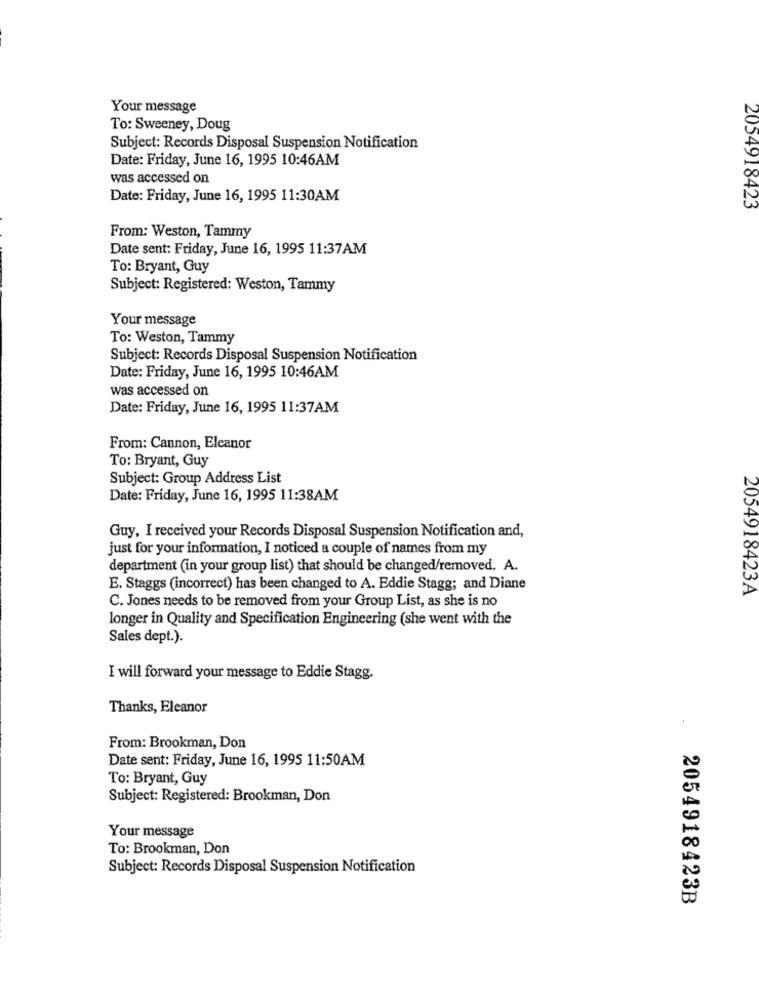
Your message
To: Sweeney, Doug
Subject: Records Disposal Suspension Notification
Date: Friday, June 16, 1995 10:46AM
was accessed on
Date: Friday, June 16, 1995 11:30AM
2054918423
From: Weston, Tammy
Date sent: Friday, June 16, 1995 11:37AM
To: Bryant, Guy
Subject: Registered: Weston, Tammy
Your message
To: Weston, Tammy
Subject: Records Disposal Suspension Notification
Date: Friday, June 16, 1995 10:46AM
was accessed on
Date: Friday, June 16, 1995 11:37AM
From: Cannon, Eleanor
To: Bryant, Guy
Subject: Group Address List
Date: Friday, June 16, 1995 11:38AM
Guy, I received your Records Disposal Suspension Notification and,
just for your information, I noticed a couple of names from my
department (in your group list) that should be changed/removed. A.
E. Staggs (incorrect) has been changed to A. Eddie Stagg; and Diane
2054918423A
C. Jones needs to be removed from your Group List, as she is no
longer in Quality and Specification Engineering (she went with the
Sales dept.).
I will forward your message to Eddie Stagg.
Thanks, Eleanor
From: Brookman, Don
Date sent: Friday, June 16, 1995 11:50AM
To: Bryant, Guy
Subject: Registered: Brookman, Don
Your message
To: Brookman, Don
Subject: Records Disposal Suspension Notification
2054918423B